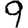
Digit: 9